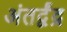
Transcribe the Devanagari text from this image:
अंतर्द्वंद्र